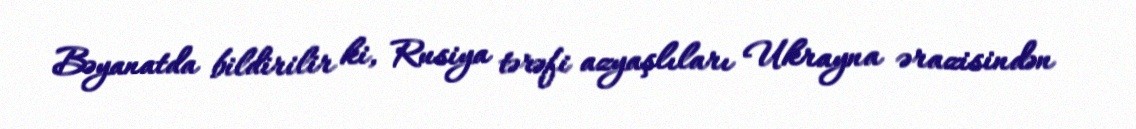
Bəyanatda bildirilir ki, Rusiya tərəfi azyaşlıları Ukrayna ərazisindən